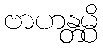
ဗာဟန္တမ္ပိ